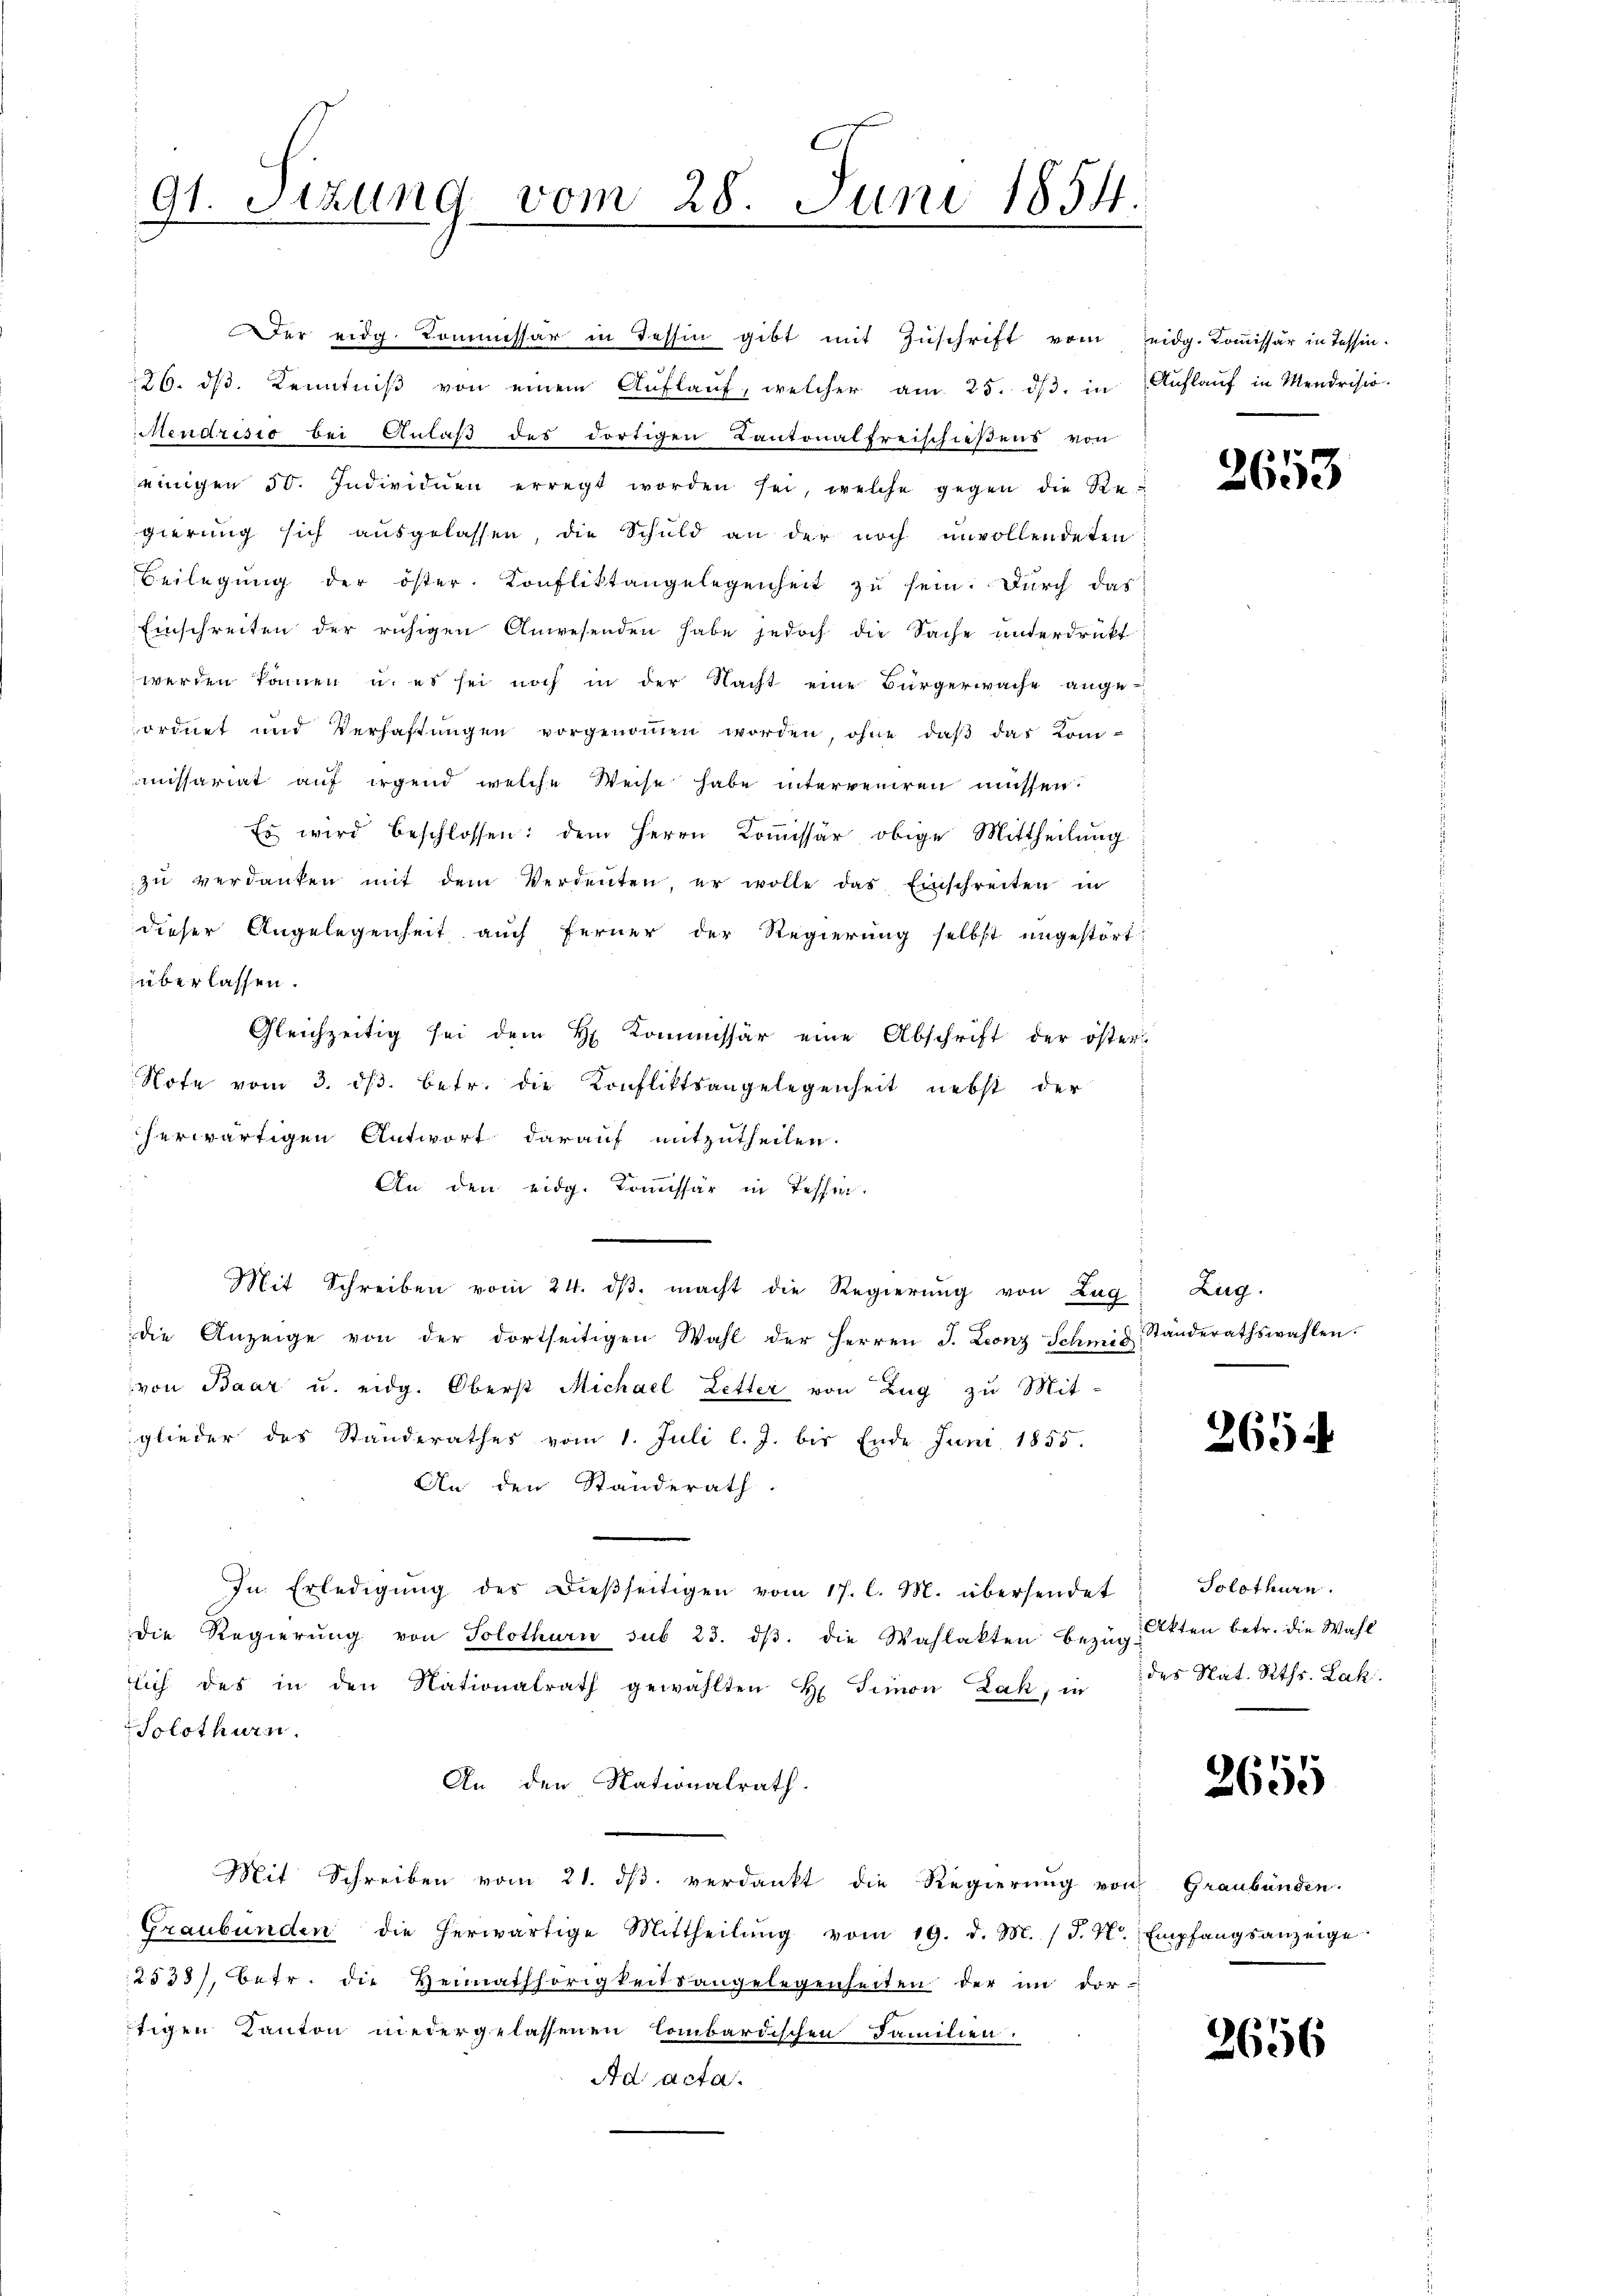
91. Sizung vom 28. Juni 1854.

Es wird beschlossen: dem Herrn Kommissär obige Mittheilung
zŭ verdanken mit dem Verdenten, er wolle das Einschreiten in
dieser Angelegenheit auch ferner der Regierung selbst ungestört
überlassen.
Gleichzeitig sei dem H. Kommissär eine Abschrift der öster
Note vom 3. ds. betr. die Konfliktsangelegenheit nebst der
herwärtigen Antwort darauf mitzutheilen.
An den eidg. Kommissär in Tessin
Mit Schreiben vom 24. dβ. macht die Regierung von Zug: Zug-
die Anzeige von der dortseitigen Wahl der Herren J. Leonz Schmid Standerathswahlen.
von Baar u. eidg. Oberst Michael Letter von Zug zu Mit-
glieder des Standerathes vom 1. Juli l. J. bis Ende Juni 1855.
An den Standerath.
In Erledigŭng der dießseitigen vom 17. l. M. übersendet
die Regierŭng von Solothurn sub 23. dβ. die Wahlakten bezüg-
sich des in den Nationalrath gewählten H. Simon Zak, in
Solothurn.
An den Nationalrath.
Mit Schreiben vom 21. dβ. verdankt die Regierŭng von Graubünden.
Graubünden die herwärtige Mittheilŭng vom 19. d. M. J. H. Empfangsanzeige
2533/, betr. die Heimathörigkeitsangelegenheiten der im dor-
tigen Kanton niedergelassenen Combardischen Familien.
Ad acta.

Der eidg. Kommissär in Tessin gibt mit Zŭschrift vom eidg. Kommissär in Tessin.
26. dβ. Kenntniβ von einem Aŭflaŭf, welcher am 25. dβ. in Aŭflaŭf in Mendrisio
Mendristo bei Anlaß des dortigen Kantonalfreischießens von
einigen 30. Individuen erregt worden sei, welche gegen die Regierung sich ausgelassen die Schuld an der noch unvollendeten
Beilegŭng der öster Konfliktangelegenheit zŭ sein. Durch das
Einschreiten der ruhigen Anwesenden habe jedoch die Sache unterdrukt
werden können u. es sei noch in der Nacht eine Bürgerwache angeordnet und Verhaftungen vorgenommen worden, ohne daß das Kom-
missariat auf irgend welche Weise habe interveniren müssen.

2653

265

Solothurn.
Akten betr. die Wahl
des Nat. Reths. Lak.

2655

2656